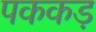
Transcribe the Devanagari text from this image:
पककड़